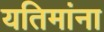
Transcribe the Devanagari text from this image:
यतिमांना